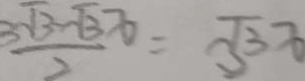
\frac { 3 \sqrt { 3 } - \sqrt { 3 } x } { 2 } = \sqrt { 3 } x